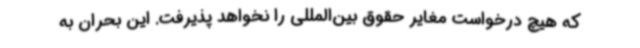
که هیچ درخواست مغایر حقوق بین‌المللی را نخواهد پذیرفت. این بحران به‌